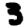
Digit: 3